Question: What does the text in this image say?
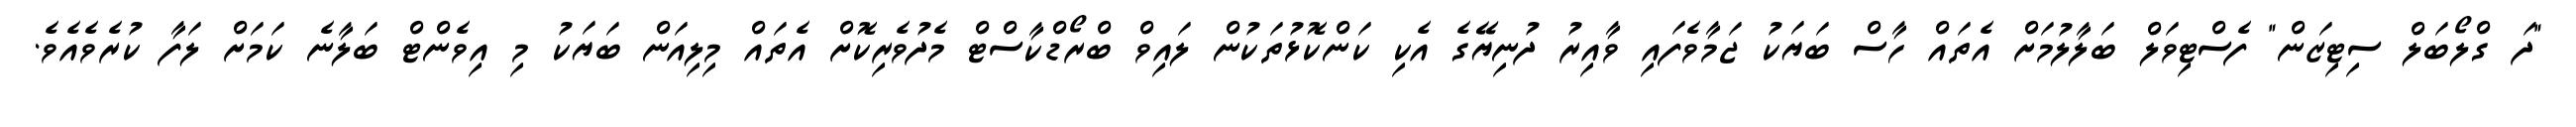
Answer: "ދަ ގްލޯބަލް ސިޓިޒަން" ފެސްޓިވަލް ބަލާލުމަށް އެތައް ހާސް ބަޔަކު ޖަމާވެފައި ވާއިރު ދުނިޔޭގެ އެކި ކަންކޮޅުތަކުން ލައިވް ބްރޯޑްކާސްޓް މެދުވެރިކޮށް އެތައް މިލިއަން ބަޔަކު މި އިވެންޓް ބަލާނެ ކަމަށް ލަފާ ކުރެވެއެވެ.